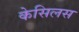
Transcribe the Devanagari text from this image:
केसिलस